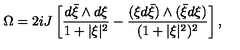
\Omega = 2 i J \left[ \frac { d { \bar { \xi } } \wedge d \xi } { 1 + \vert \xi \vert ^ { 2 } } - \frac { ( \xi d { \bar { \xi } } ) \wedge ( { \bar { \xi } } d \xi ) } { ( 1 + \vert \xi \vert ^ { 2 } ) ^ { 2 } } \right] ,